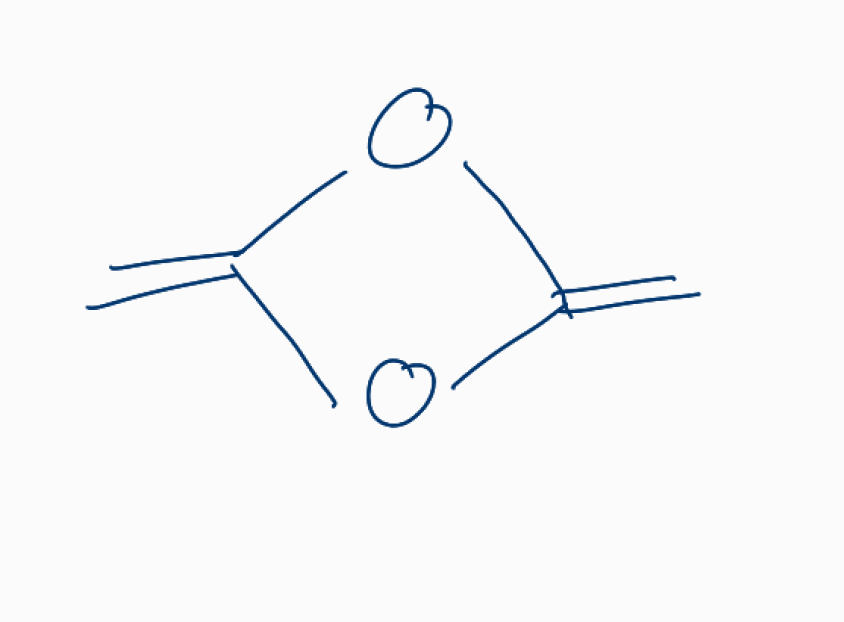
Simplified molecular-input line-entry system (SMILES) notation of the given molecule:
C=C1OC(=C)O1